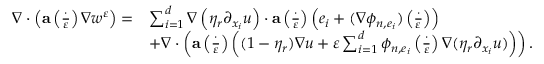
\begin{array} { r l } { \nabla \cdot \left( \mathbf { a } \left( \frac { \cdot } { \varepsilon } \right) \nabla w ^ { \varepsilon } \right) = } & { \sum _ { i = 1 } ^ { d } \nabla \left( \eta _ { r } \partial _ { x _ { i } } u \right) \cdot \mathbf { a } \left( \frac { \cdot } { \varepsilon } \right) \left( e _ { i } + ( \nabla \phi _ { n , e _ { i } } ) \left( \frac { \cdot } { \varepsilon } \right) \right) } \\ & { + \nabla \cdot \left( \mathbf { a } \left( \frac { \cdot } { \varepsilon } \right) \left( ( 1 - \eta _ { r } ) \nabla u + \varepsilon \sum _ { i = 1 } ^ { d } \phi _ { n , e _ { i } } \left( \frac { \cdot } { \varepsilon } \right) \nabla ( \eta _ { r } \partial _ { x _ { i } } u ) \right) \right) . } \end{array}